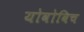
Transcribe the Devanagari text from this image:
योवोविच